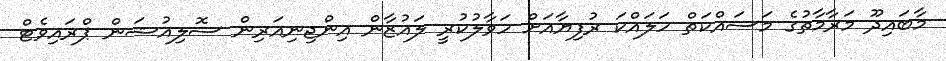
މާބައިދޫ މަރާމާތުގެ މަސައްކަތް ހަލައްކަ ރުފިޔާއަށް ހަވާލުކުރީ ލައުޒާން އިންޖިނިއަރިން ސޮލިއުޝަން ޕްރައިވެޓް